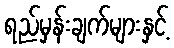
ရည်မှန်းချက်များနှင့်